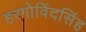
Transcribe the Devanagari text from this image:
हरगोविंदसिंह